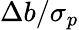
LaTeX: \Delta b/\sigma_{p}